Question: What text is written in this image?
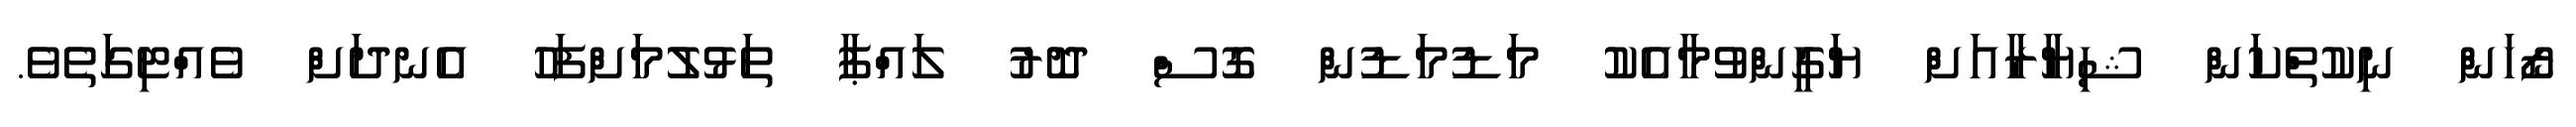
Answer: ޒޯހަން ނިކުތްކަން ޝިޔާރާއަށް ޔަގީންވުމާއެކު މަޑުމަޑުން ގޮސް ދޮރު ލައްޕާ ތަޅުލުމަށްފަހު އެނދަށް ވެއްޓިގަތެވެ.